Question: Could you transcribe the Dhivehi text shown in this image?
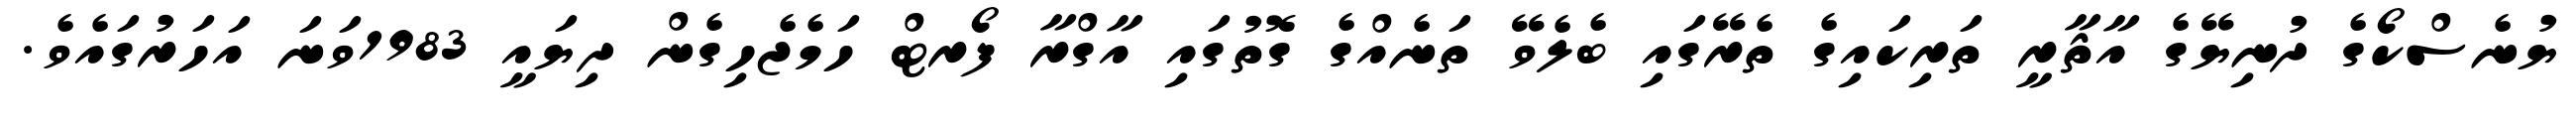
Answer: ޔުނެސްކޯގެ ދުނިޔޭގެ އާޘާރީ ތަރިކައިގެ ތެރޭގައި ބެލެވޭ ތަނެއްގެ ގޮތުގައި އާގްރާ ފޯރޓް ހަމެޖެހިގެން ދިޔައީ 1983ވަނަ އަހަރުގައެވެ.